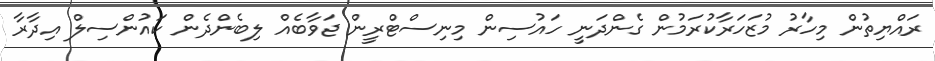
ރައްޔިތުން މިހާރު މުޒަހަރާކުރަމުން ގެންދަނީ ހައުސިން މިނިސްޓްރީން ޖަވާބެއް ލިބެންދެން ކައުންސިލް އިދާރާ